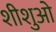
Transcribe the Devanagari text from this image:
शीशुओ